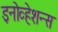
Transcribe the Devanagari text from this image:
इनोव्हेशन्स